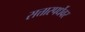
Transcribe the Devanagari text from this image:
सत्तास्पर्धेवर